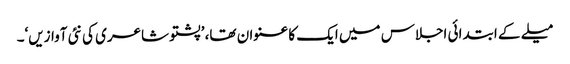
میلے کے ابتدائی اجلاس میں ایک کا عنوان تھا، ’پشتو شاعری کی نئی آوازیں‘۔